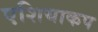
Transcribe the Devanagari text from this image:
एशियाकप